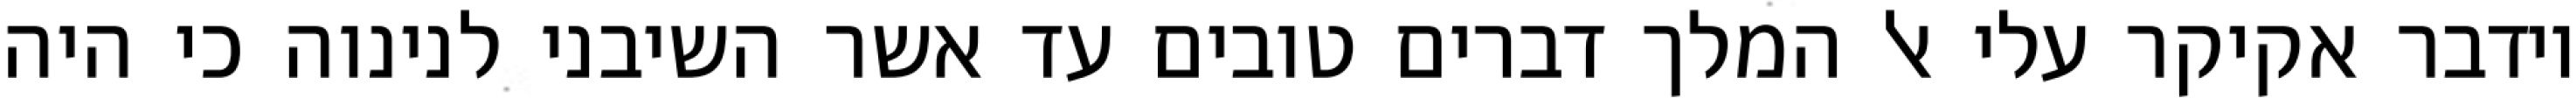
וידבר אקיקר עלי אל המלך דברים טובים עד אשר השיבני לנינוה כי היה